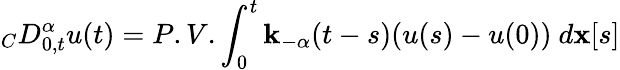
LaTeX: {}_{C}D_{0,t}^{\alpha}u(t)=P.V.\int_{0}^{t}\mathbf{k}_{-\alpha}(t-s)(u(s)-u(0))\ d\mathbf{x}[s]